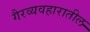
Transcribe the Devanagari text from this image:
गैरव्यवहारातील